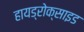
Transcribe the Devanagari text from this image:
हायड्रोक्साइड